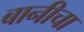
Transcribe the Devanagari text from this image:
बानीचा